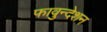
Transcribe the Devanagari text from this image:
फावुन्देशन